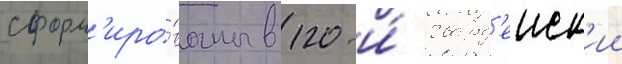
сформ'иро́ваны в 120-и́ гвард'еиск'ии